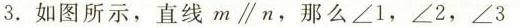
3.如图所示，直线m\parallel n，那么∠1，∠2，∠3